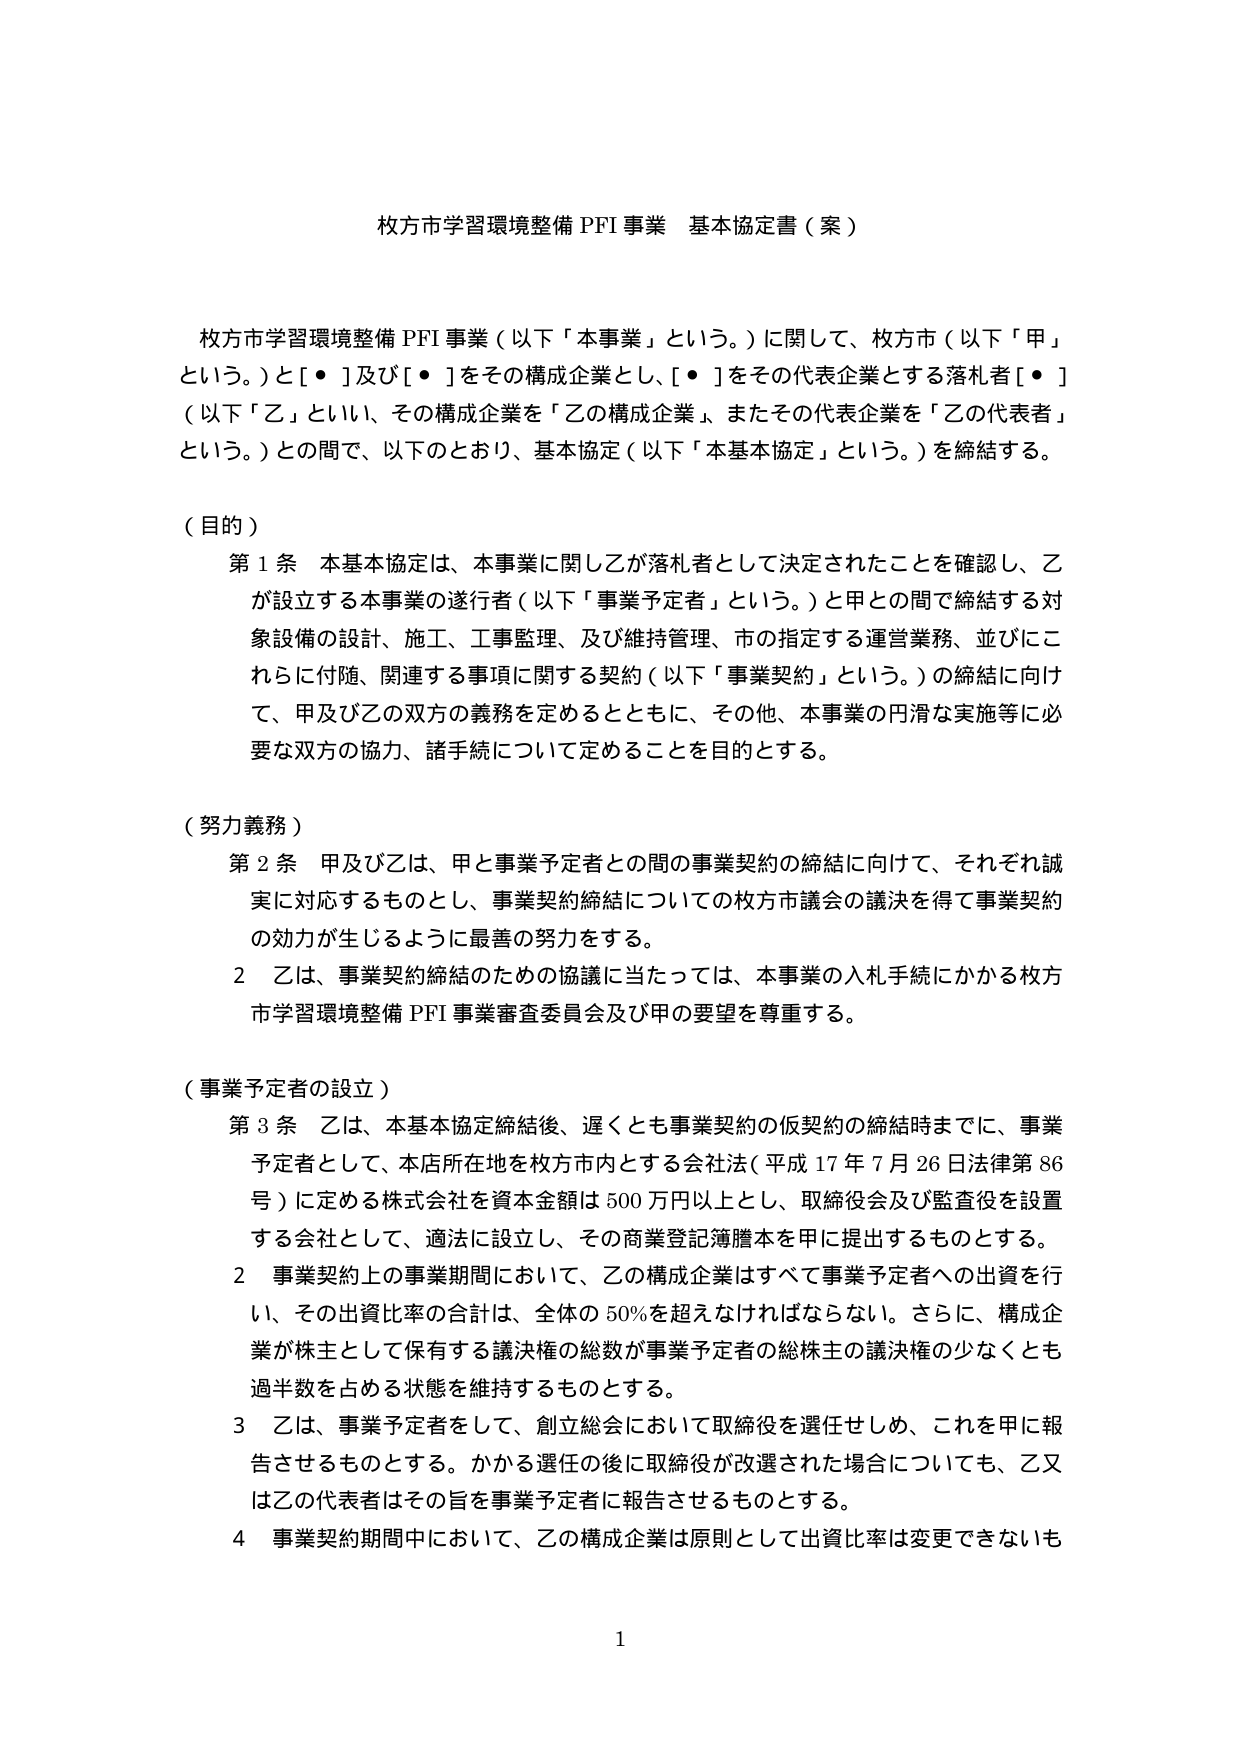
枚方市学習環境整備 PFI 事業 基本協定書（案）

枚方市学習環境整備 PFI 事業（以下「本事業」という。）に関して、枚方市（以下「甲」という。）と[・]及び[・]をその構成企業とし、[・]をその代表企業とする落札者[・]（以下「乙」といい、その構成企業を「乙の構成企業」、またその代表企業を「乙の代表者」という。）との間で、以下のとおり、基本協定（以下「本基本協定」という。）を締結する。

（目的）
第１条 本基本協定は、本事業に関し乙が落札者として決定されたことを確認し、乙が設立する本事業の遂行者（以下「事業予定者」という。）と甲との間で締結する対象設備の設計、施工、工事監理、及び維持管理、市の指定する運営業務、並びにこれらに付随、関連する事項に関する契約（以下「事業契約」という。）の締結に向けて、甲及び乙の双方の義務を定めるとともに、その他、本事業の円滑な実施等に必要な双方の協力、諸手続について定めることを目的とする。

（努力義務）
第２条 甲及び乙は、甲と事業予定者との間の事業契約の締結に向けて、それぞれ誠実に対応するものとし、事業契約締結についての枚方市議会の議決を得て事業契約の効力が生じるように最善の努力をする。
２ 乙は、事業契約締結のための協議に当たっては、本事業の入札手続にかかる枚方市学習環境整備 PFI 事業審査委員会及び甲の要望を尊重する。

（事業予定者の設立）
第３条 乙は、本基本協定締結後、遅くとも事業契約の仮契約の締結時までに、事業予定者として、本店所在地を枚方市内とする会社法（平成17年7月26日法律第86号）に定める株式会社を資本金額は500万円以上とし、取締役会及び監査役を設置する会社として、適法に設立し、その商業登記簿謄本を甲に提出するものとする。
２ 事業契約上の事業期間において、乙の構成企業はすべて事業予定者への出資を行い、その出資比率の合計は、全体の50％を超えないなければならない。さらに、構成企業が株主として保有する議決権の総数が事業予定者の総株主の議決権の少なくとも過半数を占める状態を維持するものとする。
３ 乙は、事業予定者をして、創立総会において取締役を選任せしめ、これを甲に報告させるものとする。かかる選任の後に取締役が改選された場合についても、乙又は乙の代表者はその旨を事業予定者に報告させるものとする。
４ 事業契約期間中において、乙の構成企業は原則として出資比率は変更できないも

1